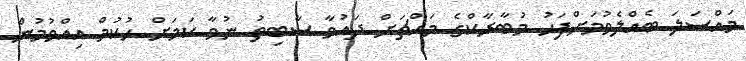
މައްސަލަ ބެއްލެވުމަށްފަހު މުބާރާކްގެ މައްޗަށް ދައުވާ ސާބިތު ނުވާ ކަމަށް ހުކުމް އިއްވުމުން